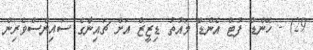
29) - ހޭންޑް ފުޓް އެންޑް މައުތު ޑިޒީޒް އަށް ޗައިނާގެ ސައިންސްވެރިން